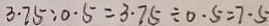
3 . 7 5 : 0 . 5 = 3 . 7 5 \div 0 . 5 = 7 \cdot 5